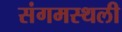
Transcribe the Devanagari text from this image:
संगमस्थली